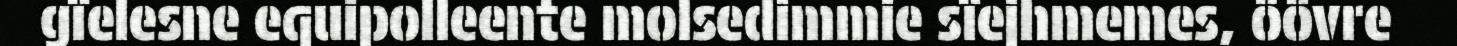
gïelesne equipolleente molsedimmie sïejhmemes, öövre